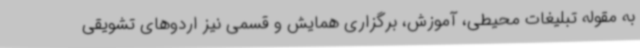
به مقوله تبلیغات محیطی، آموزش، برگزاری همایش و قسمی نیز اردوهای تشویقی